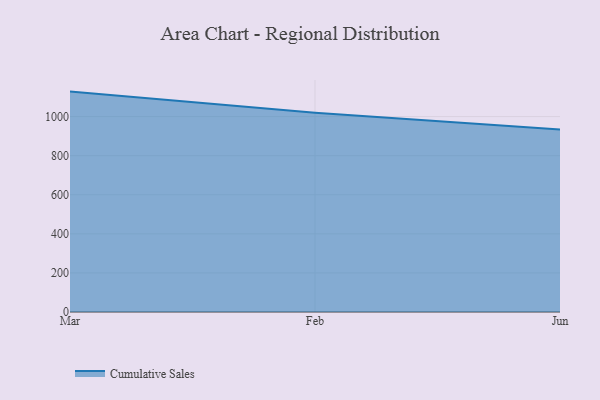
{"axis": {"x": "Month", "y": "Waste Production (Tons)"}, "legend": ["Cumulative Sales"], "data": [{"x": "Mar", "y": 1127.9, "type": "Cumulative Sales"}, {"x": "Feb", "y": 1019.3, "type": "Cumulative Sales"}, {"x": "Jun", "y": 933.7, "type": "Cumulative Sales"}]}